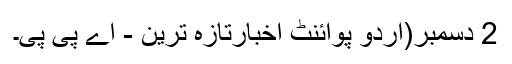
2 دسمبر(اُردو پوائنٹ اخبارتازہ ترین - اے پی پی۔